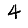
Digit: 4